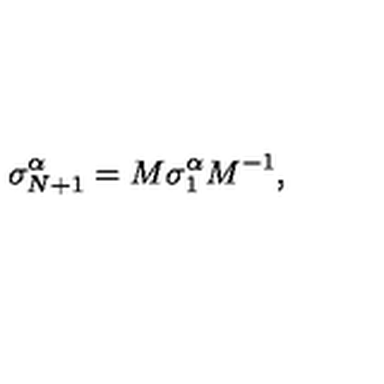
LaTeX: \sigma _ { N + 1 } ^ { \alpha } = M \sigma _ { 1 } ^ { \alpha } M ^ { - 1 } ,